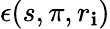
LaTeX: \epsilon(s,\pi,r_{\mathbf{i}})